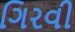
ગિરવી